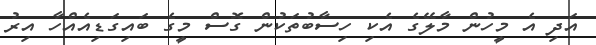
އަދި އެ މީހުން މާލޭގެ އެކި ހިސާބުތަކުން ގޮސް މީގެ ބައިގަޑިއެއްހާ އިރު